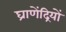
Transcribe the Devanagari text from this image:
घ्राणेंद्रियों